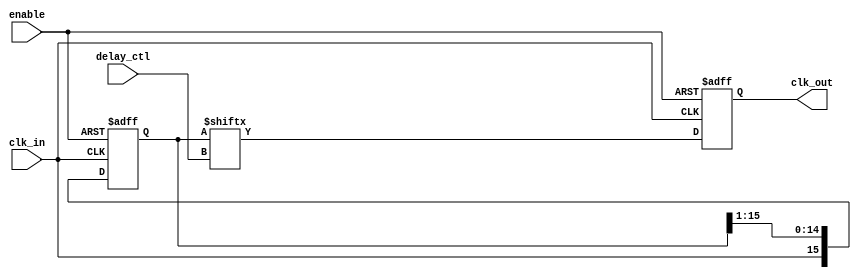
module DelayClockBuffer (
    input wire clk_in,         // Input clock signal
    input wire enable,         // Enable signal
    input wire [3:0] delay_ctl, // Control signal for delay (4-bit for up to 16 clock cycles)
    output reg clk_out         // Output delayed clock signal
);

    // Parameter for maximum delay cycles
    parameter MAX_DELAY = 16;

    // Internal registers to store delayed clocks
    reg [MAX_DELAY-1:0] delay_line; // Delay line array

    // Process to create the delay line
    always @(posedge clk_in or negedge enable) begin
        if (!enable) begin
            // When disabled, set all delay elements to 0
            delay_line <= {MAX_DELAY{1'b0}};
            clk_out <= 1'b0; // Output low when disabled
        end else begin
            // Shift the delay line on each clock cycle
            delay_line <= {clk_in, delay_line[MAX_DELAY-1:1]}; // Shift in new clock signal
            // Set clk_out to the appropriate delayed clock based on delay_ctl
            clk_out <= delay_line[delay_ctl];
        end
    end

endmodule